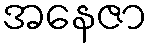
အနေဇာ